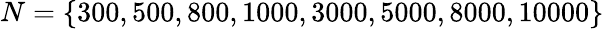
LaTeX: N=\{ 300,500,800,1000,3000,5000,8000,10000\}